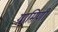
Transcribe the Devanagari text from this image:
ग्रामिणी